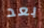
بعد